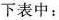
下表中：